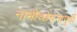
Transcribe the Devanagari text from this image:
नाभीच्छेदनापुर्वी